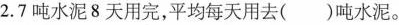
2.7吨水泥8天用完，平均每天用去()吨水泥。